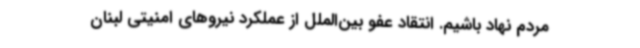
مردم نهاد باشیم. انتقاد عفو بین‌الملل از عملکرد نیروهای امنیتی لبنان